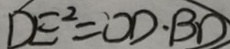
D E ^ { 2 } = O D \cdot B D